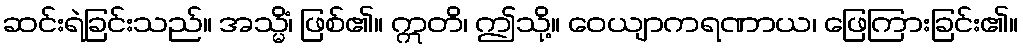
ဆင်းရဲခြင်းသည်။ အသ္မိံ၊ ဖြစ်၏။ ဣတိ၊ ဤသို့။ ဝေယျာကရဏာယ၊ ဖြေကြားခြင်း၏။